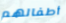
أطفالهم